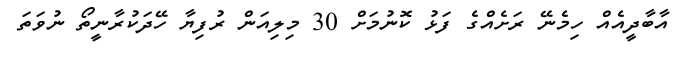
އާބާދީއެއް ހިމެނޭ ރަށެއްގެ ފަޅު ކޮނުމަށް 30 މިލިއަން ރުފިޔާ ހޭދަކުރާނީތޯ ނުވަތަ